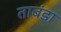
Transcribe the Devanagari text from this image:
ताबंडा